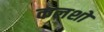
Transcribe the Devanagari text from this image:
कलशो